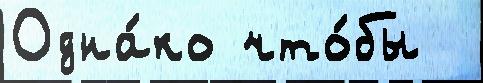
Одна́ко что́бы